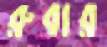
রুবার